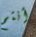
أنتم